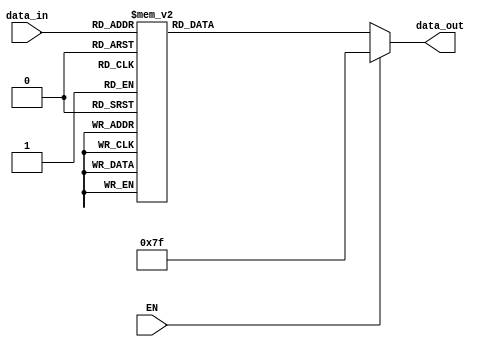
//-----------------------------------------------------------------------------------
// Module: bin27seg.v
// Project: CPCI (PCI Control FPGA)
// DESCRIPTION   :   BIN to seven segments converter
//                   segment encoding
//                        a
//                      +---+ 
//                    f |   | b
//                      +---+  <- g
//                    e |   | c
//                      +---+
//                        d
//                  Enable (EN) active                : high
//                  Outputs (data_out) active         : low
//-----------------------------------------------------------------------------------

module bin27seg (data_in ,EN ,data_out );
	input [3:0] data_in ;
	input EN ;
	output [6:0] data_out ;
	reg [6:0] data_out ;

	always @(data_in or EN )
	begin
		data_out = 7'b1111111;
		if (EN == 0)
			case (data_in )
				4'b0000: data_out = 7'b1000000; // 0
				4'b0001: data_out = 7'b1111001; // 1
				4'b0010: data_out = 7'b0100100; // 2
				4'b0011: data_out = 7'b0110000; // 3
				4'b0100: data_out = 7'b0011001; // 4
				4'b0101: data_out = 7'b0010010; // 5
				4'b0110: data_out = 7'b0000010; // 6
				4'b0111: data_out = 7'b1111000; // 7
				4'b1000: data_out = 7'b0000000; // 8
				4'b1001: data_out = 7'b0010000; // 9
				4'b1010: data_out = 7'b0001000; // A
				4'b1011: data_out = 7'b0000011; // b
				4'b1100: data_out = 7'b0100111; // c
				4'b1101: data_out = 7'b0100001; // d
				4'b1110: data_out = 7'b0000110; // E
				4'b1111: data_out = 7'b0001110; // F
				default: data_out = 7'b1111111;
			endcase
	end

endmodule